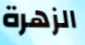
الزهرة